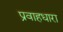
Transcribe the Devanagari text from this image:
प्रवाहधारा